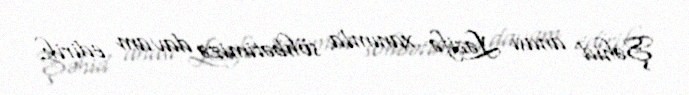
Şəhid anası Ləzifə xanımla söhbətimizə davam edirik.